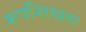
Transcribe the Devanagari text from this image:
रूपनिरखता